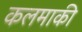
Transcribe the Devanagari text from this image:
कलमाकी